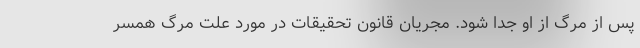
پس از مرگ از او جدا شود. مجریان قانون تحقیقات در مورد علت مرگ همسر